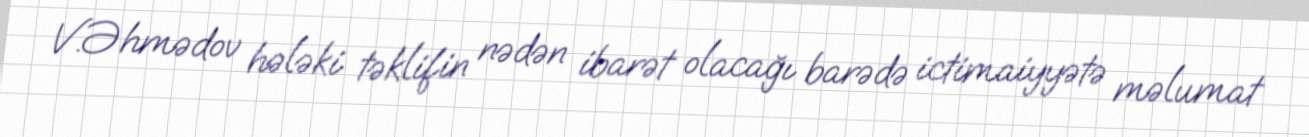
V.Əhmədov hələki təklifin nədən ibarət olacağı barədə ictimaiyyətə məlumat